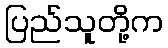
ပြည်သူတို့က